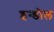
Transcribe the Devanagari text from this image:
इन्डोल